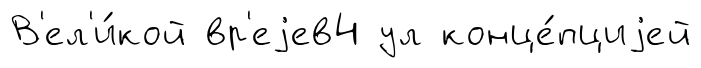
В'ел'и́кой вр'еjев4 ул конце́пциjей